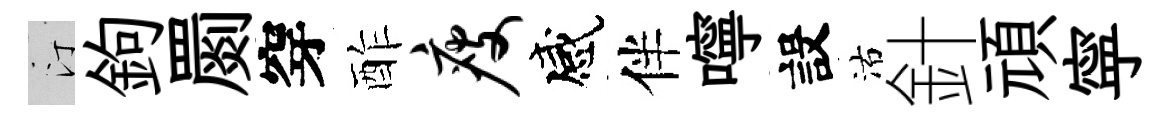
汀鉤罽穿酢瘦感伴嚀設沽針頑寜